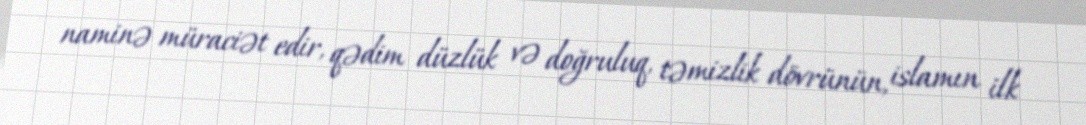
naminə müraciət edir, qədim düzlük və doğruluq, təmizlik dövrünün, islamın ilk